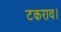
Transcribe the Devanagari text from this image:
टकराव।